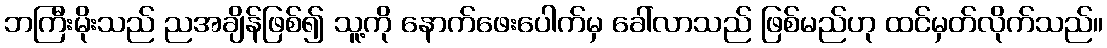
ဘကြီးမိုးသည် ညအချိန်ဖြစ်၍ သူ့ကို နောက်ဖေးပေါက်မှ ခေါ်လာသည် ဖြစ်မည်ဟု ထင်မှတ်လိုက်သည်။